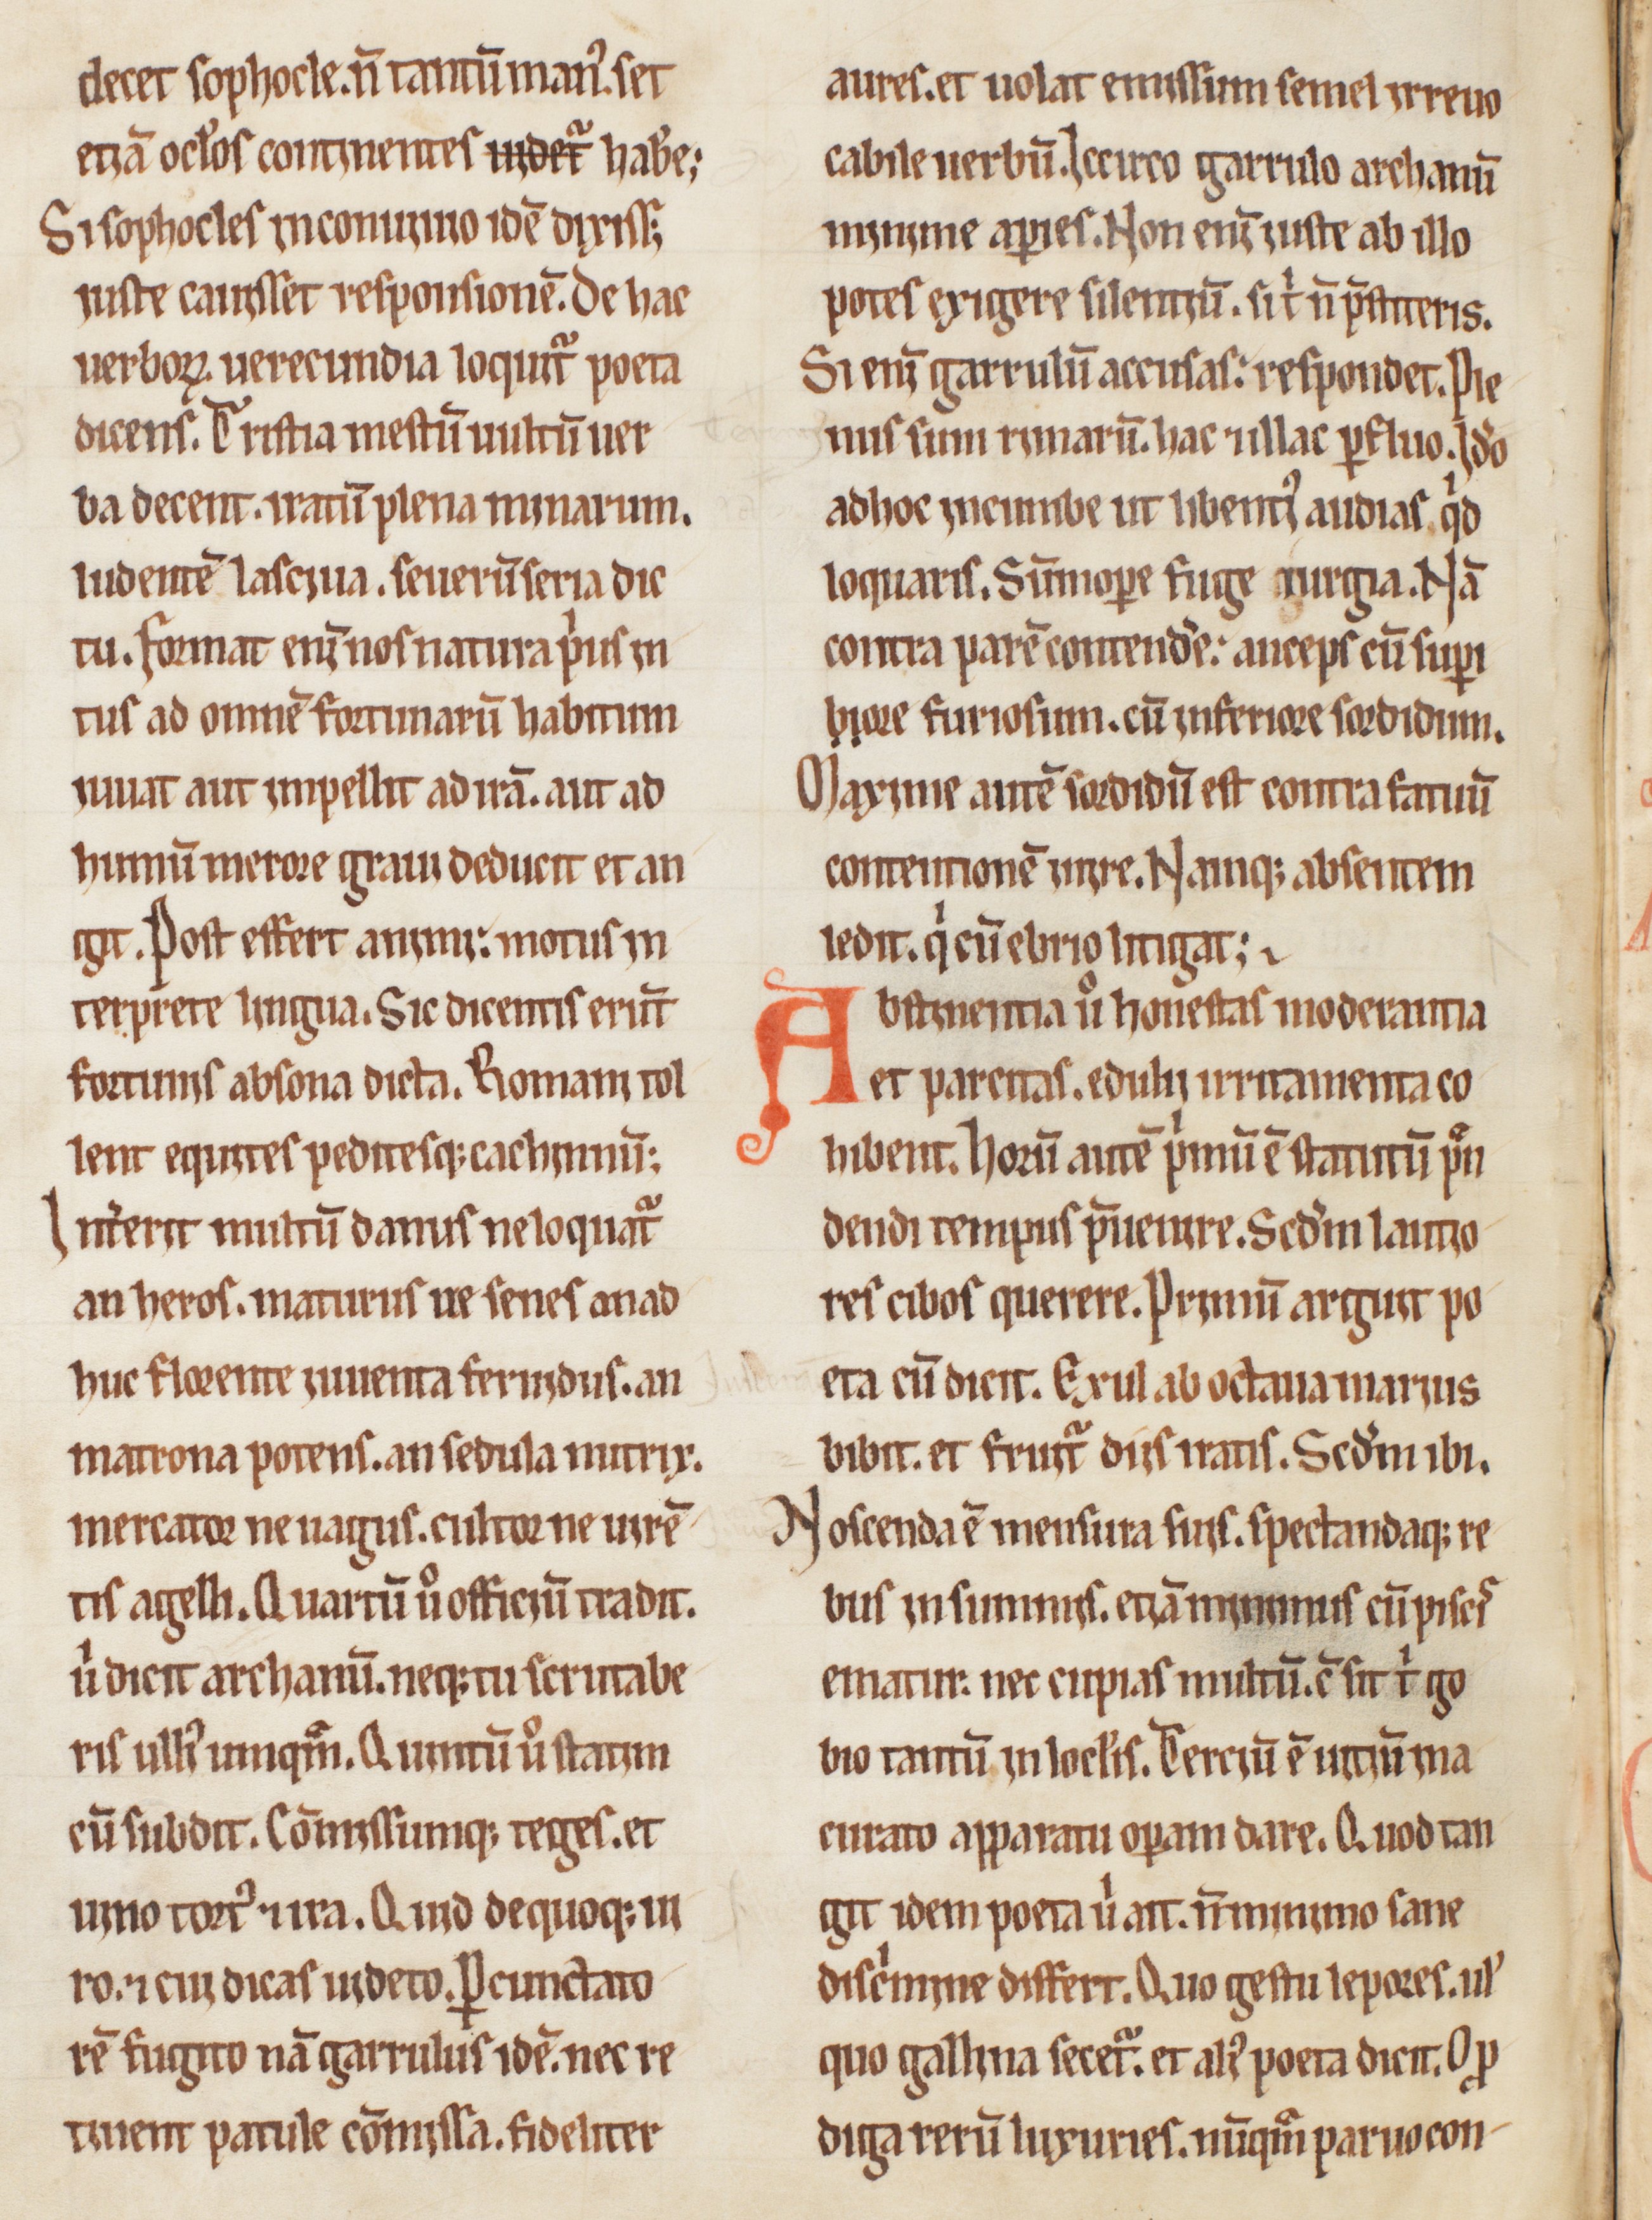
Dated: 1200–1230